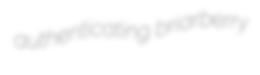
authenticating briarberry